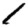
Digit: 1